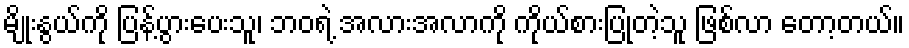
မျိုးနွယ်ကို ပြန့်ပွားပေးသူ၊ ဘဝရဲ့ အလားအလာကို ကိုယ်စားပြုတဲ့သူ ဖြစ်လာ တော့တယ်။